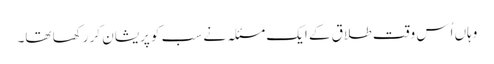
وہاں اُس وقت طلاق کے ایک مسئلہ نے سب کو پریشان کر رکھا تھا۔